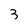
Character: 3